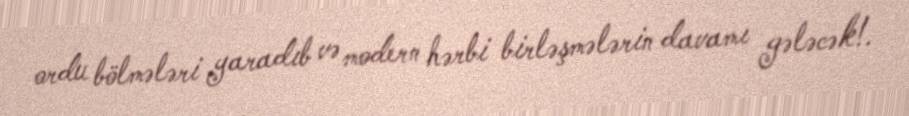
ordu bölmələri yaradıb və modern hərbi birləşmələrin davamı gələcək!.